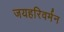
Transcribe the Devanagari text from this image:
जयहरिवर्मन